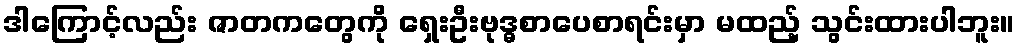
ဒါကြောင့်လည်း ဇာတကတွေကို ရှေးဦးဗုဒ္ဓစာပေစာရင်းမှာ မထည့် သွင်းထားပါဘူး။